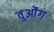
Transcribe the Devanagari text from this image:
वुओंग